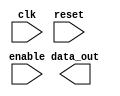
module synchronous_logic_block (
    input wire clk,
    input wire reset,
    input wire enable,
    // other input ports
    
    output reg [7:0] data_out
    // other output ports
);

always @ (posedge clk) begin
    if (reset) begin
        // Reset actions
    end else if (enable) begin
        // Synchronous actions
        // Perform desired operations
    end
end

endmodule